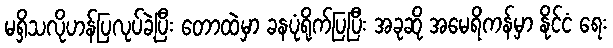
မရှိသလိုဟန်ပြလုပ်ခဲ့ပြီး တောထဲမှာ ခနပုံရိုက်ပြပြီး အခုဆို အမေရိကန်မှာ နိုင်ငံ ရေး